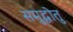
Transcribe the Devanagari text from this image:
समुद्धोतु